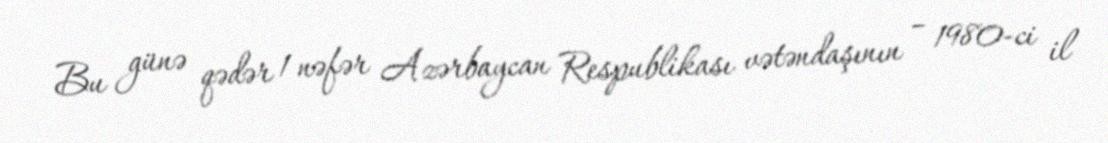
Bu günə qədər 1 nəfər Azərbaycan Respublikası vətəndaşının – 1980-ci il